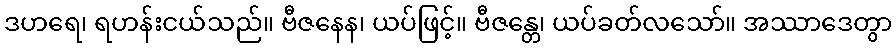
ဒဟရေ၊ ရဟန်းငယ်သည်။ ဗီဇနေန၊ ယပ်ဖြင့်။ ဗီဇန္တေ၊ ယပ်ခတ်လသော်။ အဿာဒေတွာ